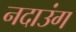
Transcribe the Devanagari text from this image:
नदाउंग